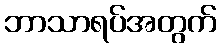
ဘာသာရပ်အတွက်